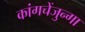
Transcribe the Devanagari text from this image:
कांगचेंजुन्गा